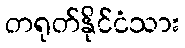
တရုတ်နိုင်ငံသား